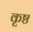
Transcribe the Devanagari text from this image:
कृष्ठ